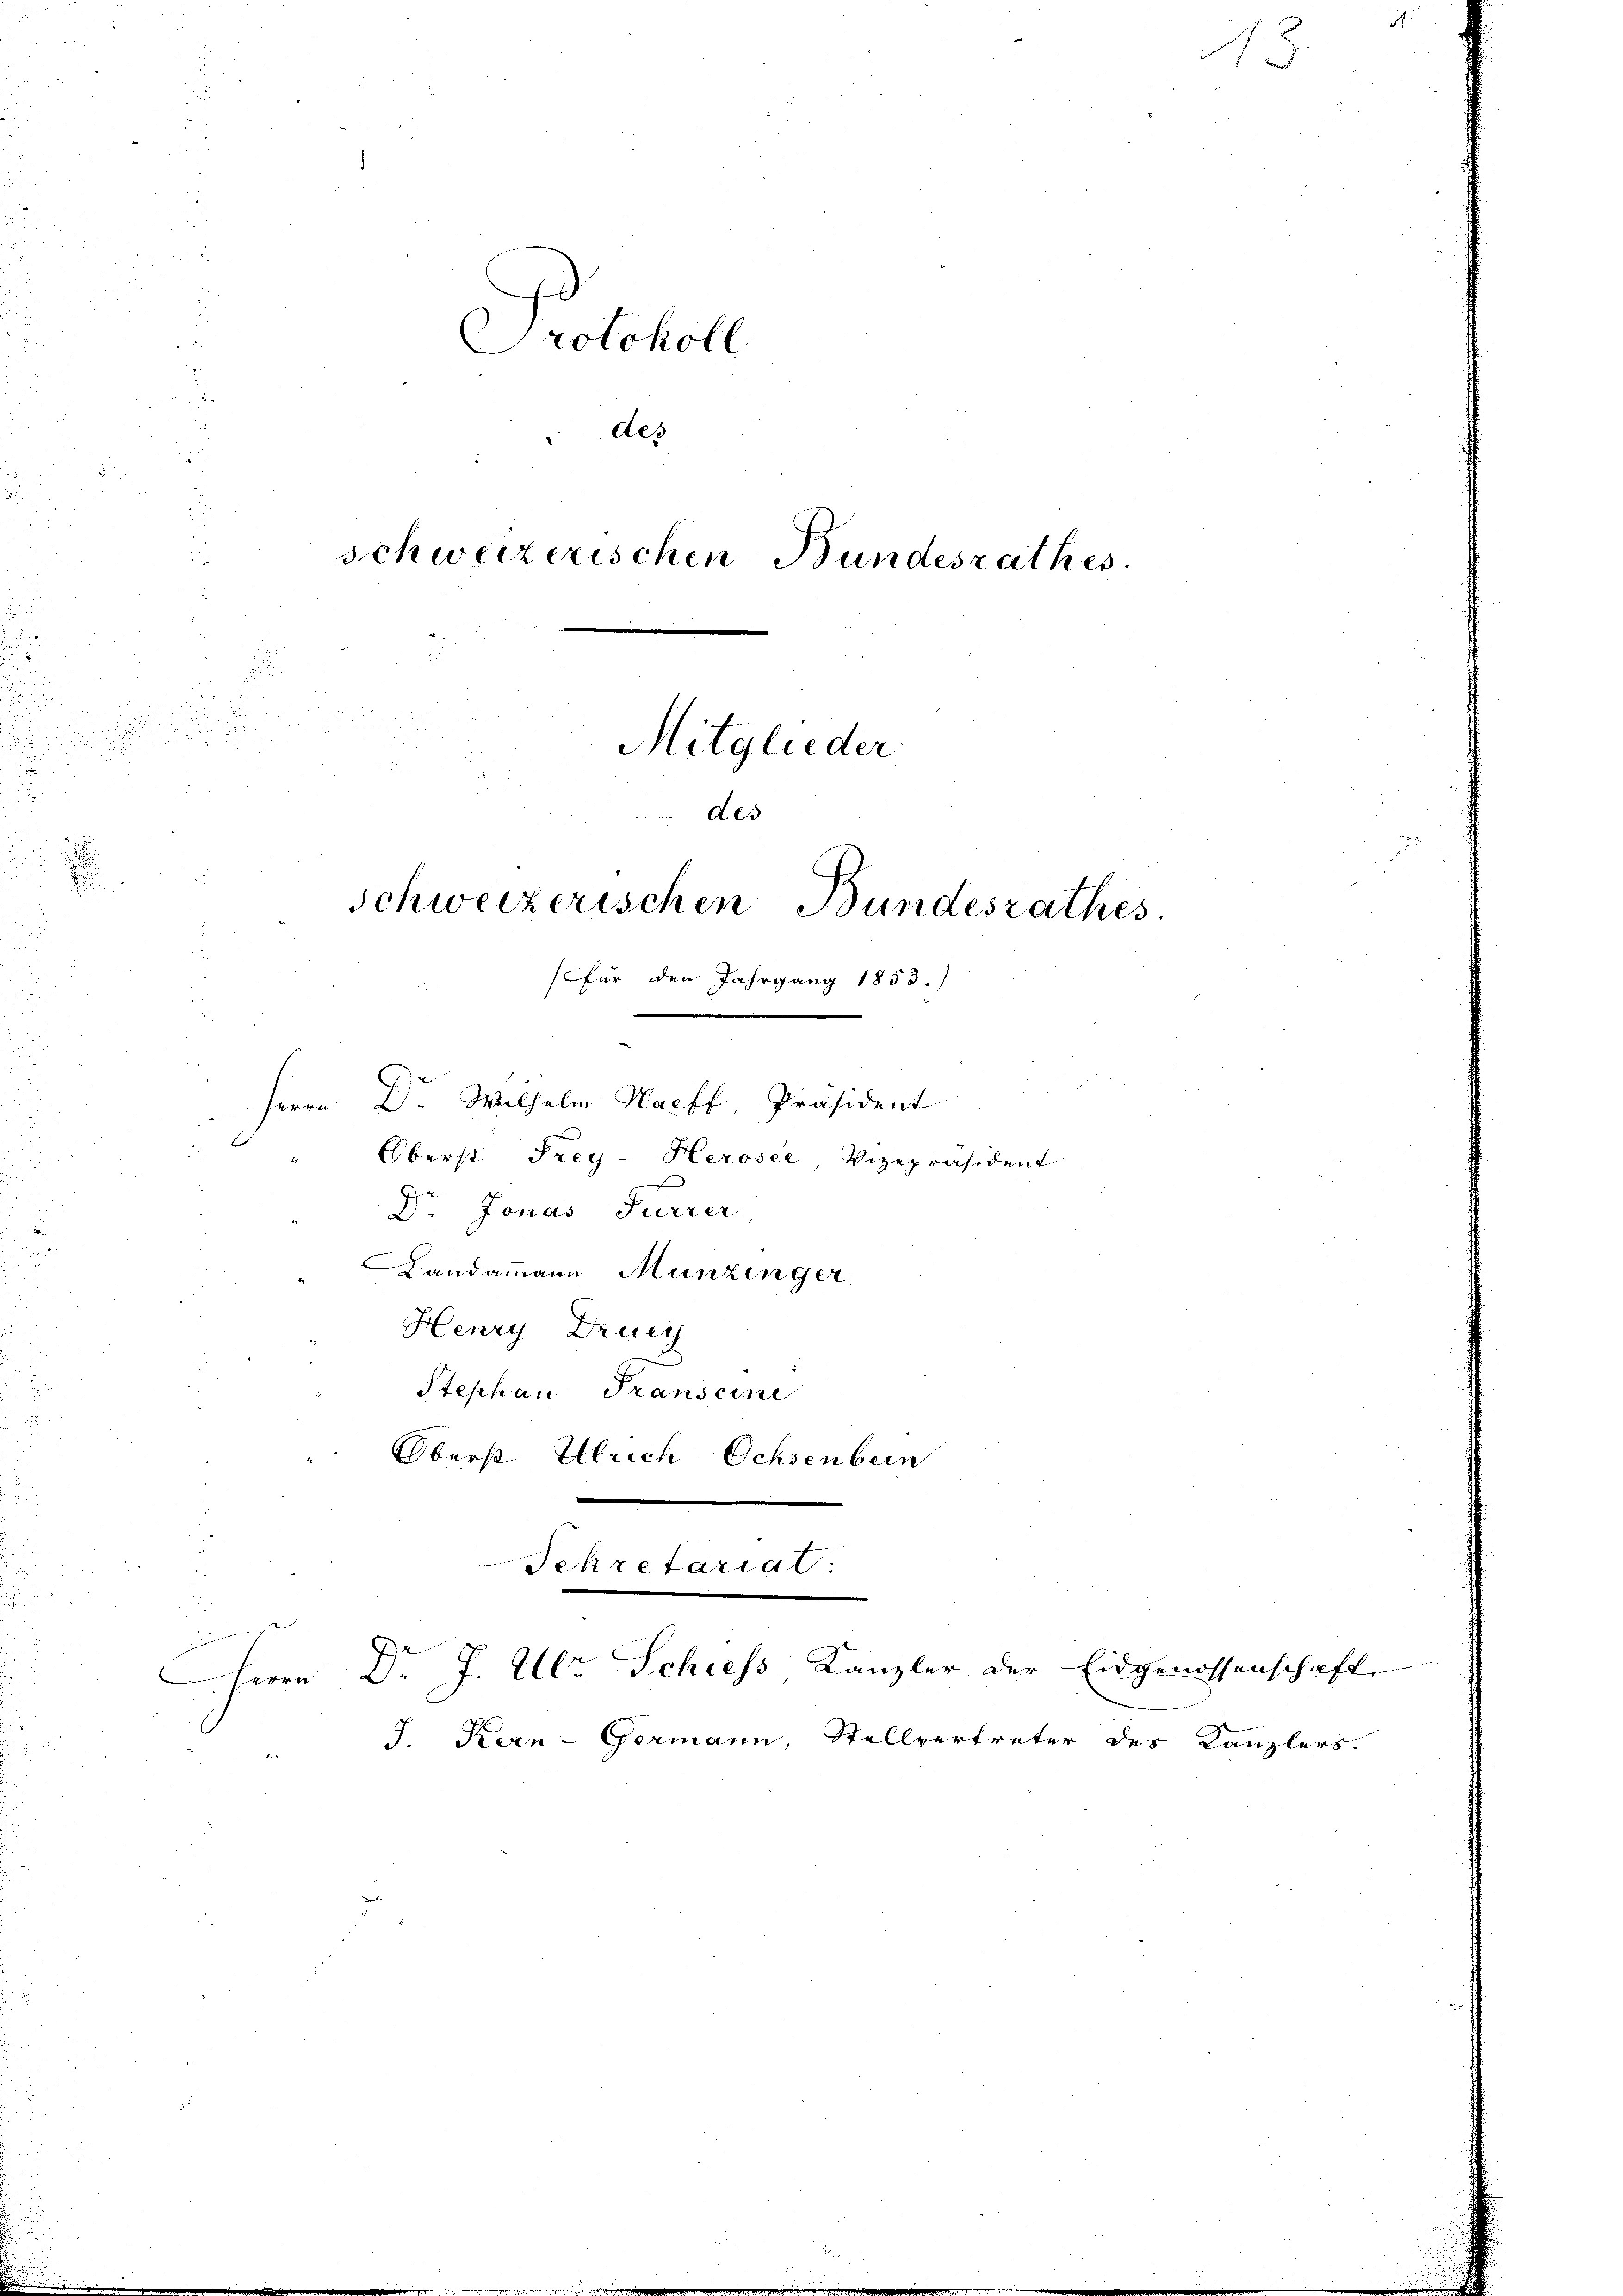
.
.

Protokoll
des
2
schweizerischen Bundesrathes.
Mitglieder
des
Schweizerischen Bundesrathes.
(für den Jahrgang 1853.)
Herrn Dr. Wilhelm Harff, Präsident
Oberst Frey-Herosee, Vizepräsident
Dr Jonas Furrer

J. Kern-Germann, Stellvertreter des Kanzlers.

Landammann Munzinger
d
Henry Druc
Stephan Transcini
Oberst Ulrich Ochsenbein
Sekretariat:
Dr J. Ulr. Schiess Kanzler der Eidgenossenschaft
Herrn

it
5.